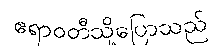
ဧရာဝတီသို့ပြောသည်